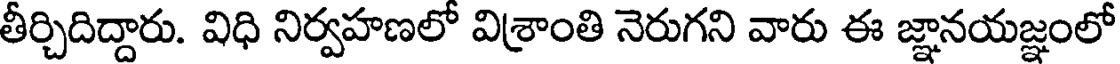
తీర్చిదిద్దారు. విధి నిర్వహణలో విశ్రాంతి నెరుగని వారు ఈ జ్ఞానయజ్ఞంలో